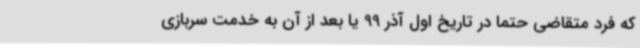
که فرد متقاضی حتما در تاریخ اول آذر 99 یا بعد از آن به خدمت سربازی